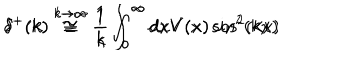
\delta ^ { + } ( k ) \stackrel { k \rightarrow \infty } { \cong } \frac { 1 } { k } \int _ { 0 } ^ { \infty } d x V ( x ) \cos ^ { 2 } ( k x ) \hspace { 1 c m } \delta ^ { - } ( k ) \stackrel { k \rightarrow \infty } { \cong } \frac { 1 } { k } \int _ { 0 } ^ { \infty } d x V ( x ) \sin ^ { 2 } ( k x )